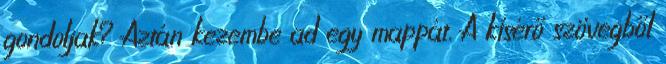
gondoljak? Aztán kezembe ad egy mappát. A kísérő szövegből